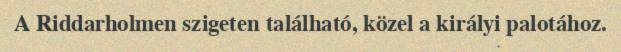
A Riddarholmen szigeten található, közel a királyi palotához.